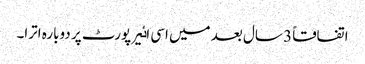
اتفاقاً 3 سال بعد میں اسی اٸیر پورٹ پر دوبارہ اترا۔